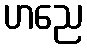
ဟညေ